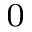
_ 0